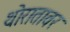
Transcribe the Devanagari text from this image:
थोरातावर